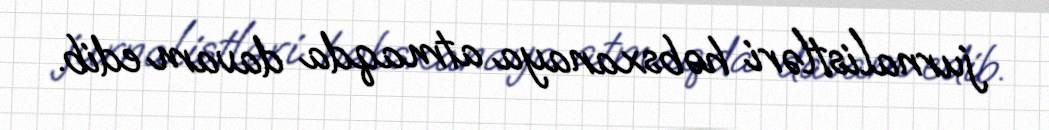
jurnalistləri həbsxanaya atmaqda davam edib.